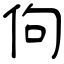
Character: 佝